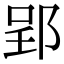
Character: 郢